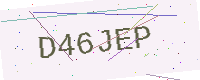
Text: D46JEP